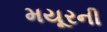
મયૂરની